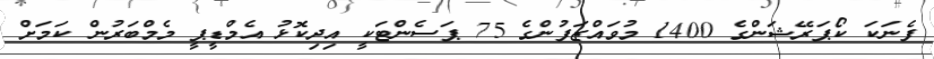
ފެނަކަ ކޯޕަރޭޝަންގެ 1400 މުވައްޒަފުންގެ 75 ޕަސެންޓަކީ އިދިކޮޅު އެމްޑީޕީ މެމްބަރުން ކަމަށް